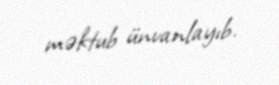
məktub ünvanlayıb.